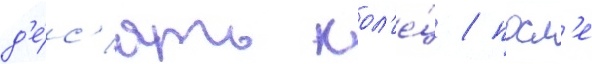
д'е́с'ять кол'е́ц / посл'е